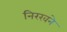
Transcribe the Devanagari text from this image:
निरखने